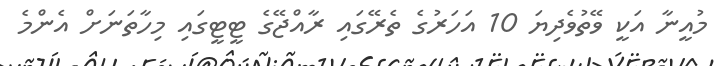
މުއީނާ އަކީ ވޭތުވެދިޔަ 10 އަހަރުގެ ތެރޭގައި ރާއްޖޭގެ ޓީޓީގައި މިހާތަނަށް އެންމެ